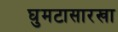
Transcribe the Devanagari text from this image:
घुमटासारखा